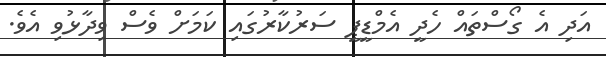
އަދި އެ ގޯސްތައް ހެދީ އެމްޑީޕީ ސަރުކާރުގައި ކަމަށް ވެސް ވިދާޅުވި އެވެ.